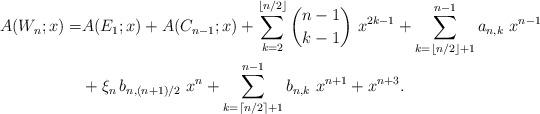
LaTeX: \begin{align*} \begin{aligned} A(W_n;x) = & A(E_1;x) + A(C_{n-1};x) + \sum_{k=2}^{\lfloor n/2\rfloor} {n-1 \choose k-1} \ x^{2k-1} + \sum_{k=\lfloor n/2 \rfloor + 1}^{n-1} a_{n,k} \ x^{n-1} \\ & + \xi_n \, b_{n,(n+1)/2} \ x^n + \sum_{k= \lceil n/2\rceil + 1}^{n-1} b_{n,k} \ x^{n+1} + x^{n+3}. \end{aligned} \end{align*}